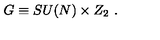
G \equiv S U ( N ) \times Z _ { 2 } \ .